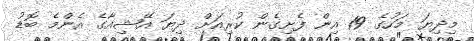
މިދިޔަ މަހުގެ 19 އިން ފެށިގެން ކުރިއަށް ދިޔަ އޭޝިއާގެ އެންމެ ބޮޑު